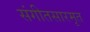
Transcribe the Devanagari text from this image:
संगीतसारमृत